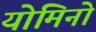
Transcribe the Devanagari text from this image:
योमिनो